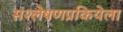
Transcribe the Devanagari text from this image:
संश्लेषणप्रकियेला